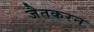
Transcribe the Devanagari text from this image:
जैतकरन